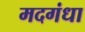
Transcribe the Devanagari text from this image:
मदगंधा